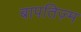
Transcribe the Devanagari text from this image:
बापतिज़्म